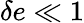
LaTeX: \delta e\ll 1